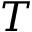
T